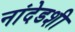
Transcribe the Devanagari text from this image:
नांदेडशी